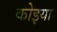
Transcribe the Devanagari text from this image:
कोइया